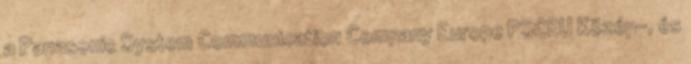
a Panasonic System Communication Company Europe PSCEU Közép-, és